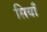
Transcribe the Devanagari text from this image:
सियाँ